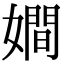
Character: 𡢃